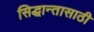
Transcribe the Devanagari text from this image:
सिद्धान्तासाठी